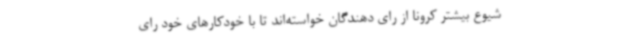
شیوع بیشتر کرونا از رای دهندگان خواسته‌اند تا با خودکارهای خود رای